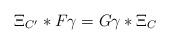
LaTeX: \begin{align*}\Xi_{C'}*F\gamma=G\gamma*\Xi_C\end{align*}